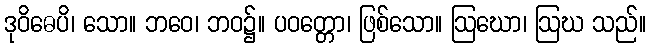
ဒုဝိဓေပိ၊ သော။ ဘဝေ၊ ဘဝ၌။ ပဝတ္တော၊ ဖြစ်သော။ ဩဃော၊ ဩဃ သည်။